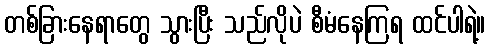
တစ်ခြားနေရာတွေ သွားပြီး သည်လိုပဲ စီမံနေကြရ ထင်ပါရဲ့။